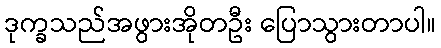
ဒုက္ခသည်အဖွားအိုတဦး ပြောသွားတာပါ။